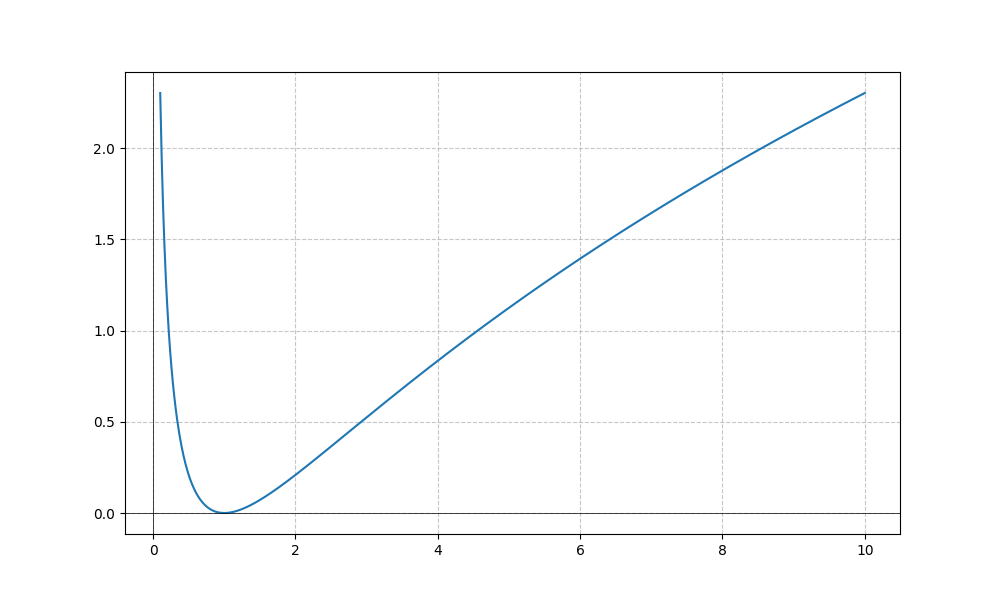
LaTeX formula: \frac{\log{\left(x \right)}^{2}}{\log{\left(10 \right)}}